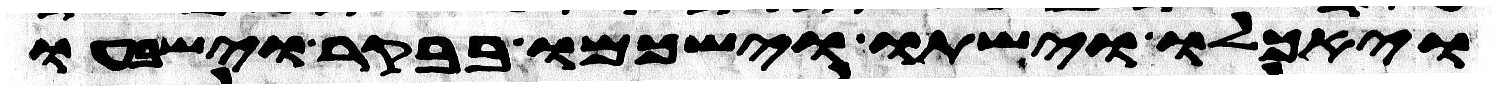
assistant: ויאכלו וישתו וישכמו בבקר וישבעו